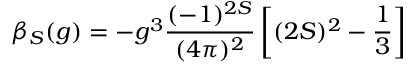
\beta _ { S } ( g ) = - g ^ { 3 } \frac { ( - 1 ) ^ { 2 S } } { ( 4 \pi ) ^ { 2 } } \left[ ( 2 S ) ^ { 2 } - \frac { 1 } { 3 } \right]